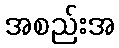
အစည်းအ